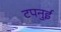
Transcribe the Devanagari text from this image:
टपनुई